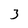
Character: 3